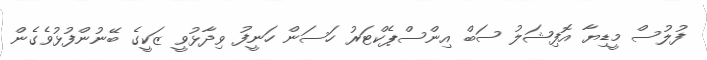
ފުލުސް މީޑިޔާ އޮފިޝަލު ސަބް އިންސްޕެކްޓަރު ހަސަން ހަނީފު ވިދާޅުވީ ޒަކީގެ ބޭނުންފުޅުވެގެން